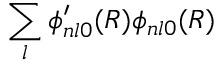
\sum _ { l } \phi _ { n l 0 } ^ { \prime } ( R ) \phi _ { n l 0 } ( R )